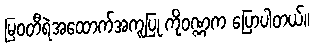
မြဝတီရဲအထောက်အကူပြု ကိုဝဏ္ဏက ပြောပါတယ်။